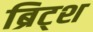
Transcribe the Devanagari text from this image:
ब्रिट्श